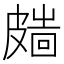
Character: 𥀑